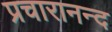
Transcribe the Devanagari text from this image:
प्रचारानन्द